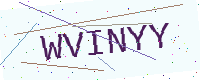
Text: WVINYY